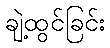
ချဲ့ထွင်ခြင်း